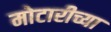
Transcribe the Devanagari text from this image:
मोटारीच्या